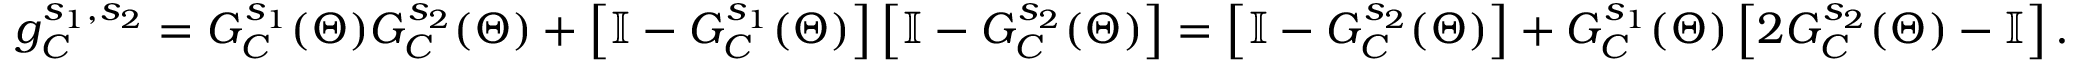
g _ { C } ^ { s _ { 1 } , s _ { 2 } } = G _ { C } ^ { s _ { 1 } } ( \Theta ) G _ { C } ^ { s _ { 2 } } ( \Theta ) + \left[ \mathbb { I } - G _ { C } ^ { s _ { 1 } } ( \Theta ) \right] \left[ \mathbb { I } - G _ { C } ^ { s _ { 2 } } ( \Theta ) \right] = \left[ \mathbb { I } - G _ { C } ^ { s _ { 2 } } ( \Theta ) \right] + G _ { C } ^ { s _ { 1 } } ( \Theta ) \left[ 2 G _ { C } ^ { s _ { 2 } } ( \Theta ) - \mathbb { I } \right] .